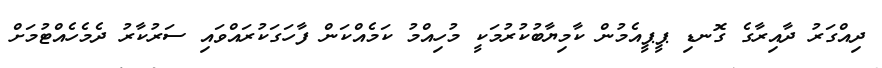
ދިއްގަރު ދާއިރާގެ ގޮނޑި ޕީޕީއެމުން ކާމިޔާބުކުރުމަކީ މުހިއްމު ކަމެއްކަން ފާހަގަކުރައްވައި ސަރުކާރު ދެމެހެއްޓުމަށް